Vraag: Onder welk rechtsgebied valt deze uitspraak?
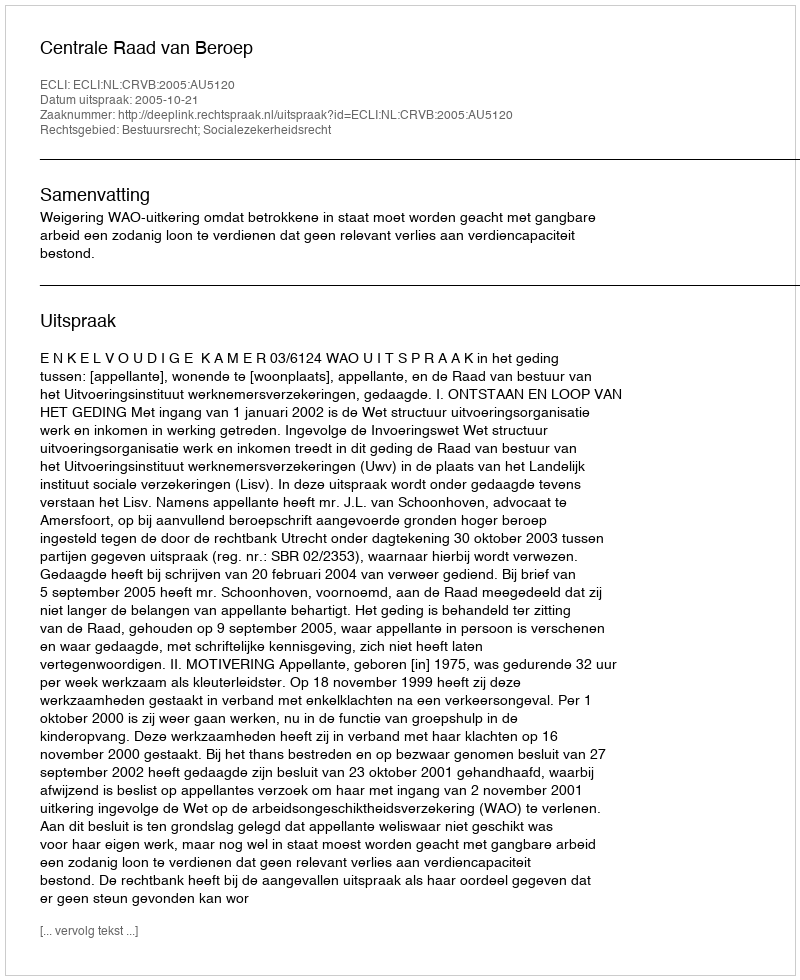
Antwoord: Bestuursrecht; Socialezekerheidsrecht